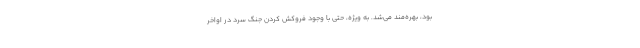
بود، بهره‌مند می‌شد. به ویژه، حتی با وجود فروکش کردن جنگ سرد در اواخر